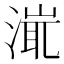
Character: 𣹵